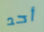
أحد